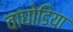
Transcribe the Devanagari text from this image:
वाघोडिया